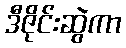
ဒီဇိုင်းဆွဲကာ